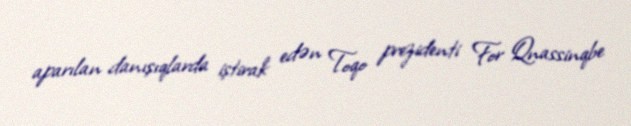
aparılan danışıqlarda iştirak edən Toqo prezidenti For Qnassinqbe